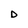
Character: D